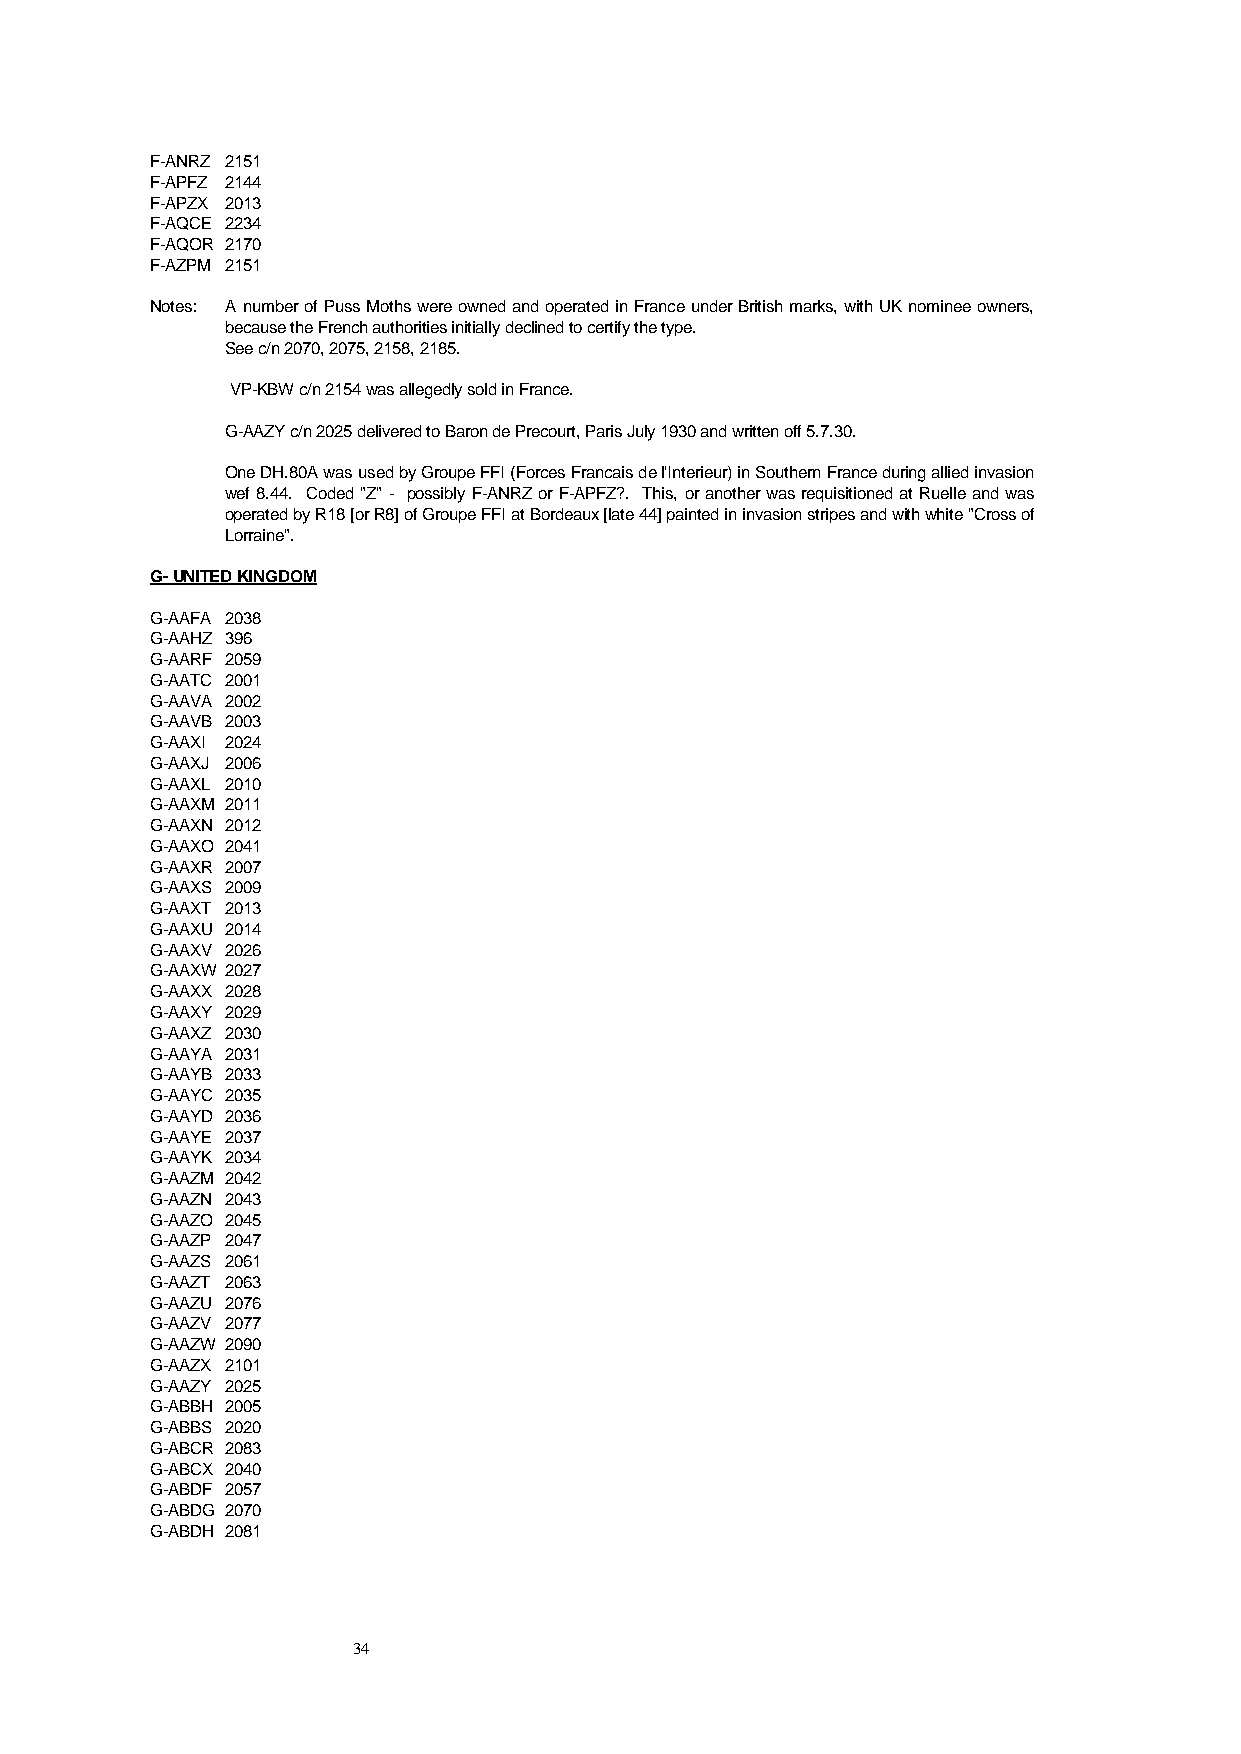
F-ANRZ 2151
 F-APFZ 2144
 F-APZX 2013
 F-AQCE 2234
 F-AQOR 2170
 F-AZPM 2151
 Notes: A number of Puss Moths were owned and operated in France under British marks, with UK nominee owners,
 because the French authorities initially declined to certify the type.
 See c/n 2070, 2075, 2158, 2185.
 VP-KBW c/n 2154 was allegedly sold in France.
 G-AAZY c/n 2025 delivered to Baron de Precourt, Paris July 1930 and written off 5.7.30.
 One DH.80A was used by Groupe FFI (Forces Francais de l'Interieur) in Southern France during allied invasion
 wef 8.44. Coded "Z" - possibly F-ANRZ or F-APFZ?. This, or another was requisitioned at Ruelle and was
 operated by R18 [or R8] of Groupe FFI at Bordeaux [late 44] painted in invasion stripes and with white "Cross of
 Lorraine".
 G- UNITED KINGDOM
 G-AAFA 2038
 G-AAHZ 396
 G-AARF 2059
 G-AATC 2001
 G-AAVA 2002
 G-AAVB 2003
 G-AAXI 2024
 G-AAXJ 2006
 G-AAXL 2010
 G-AAXM 2011
 G-AAXN 2012
 G-AAXO 2041
 G-AAXR 2007
 G-AAXS 2009
 G-AAXT 2013
 G-AAXU 2014
 G-AAXV 2026
 G-AAXW 2027
 G-AAXX 2028
 G-AAXY 2029
 G-AAXZ 2030
 G-AAYA 2031
 G-AAYB 2033
 G-AAYC 2035
 G-AAYD 2036
 G-AAYE 2037
 G-AAYK 2034
 G-AAZM 2042
 G-AAZN 2043
 G-AAZO 2045
 G-AAZP 2047
 G-AAZS 2061
 G-AAZT 2063
 G-AAZU 2076
 G-AAZV 2077
 G-AAZW 2090
 G-AAZX 2101
 G-AAZY 2025
 G-ABBH 2005
 G-ABBS 2020
 G-ABCR 2083
 G-ABCX 2040
 G-ABDF 2057
 G-ABDG 2070
 G-ABDH 2081
 34